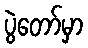
ပွဲတော်မှာ